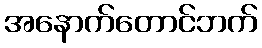
အနောက်တောင်ဘက်